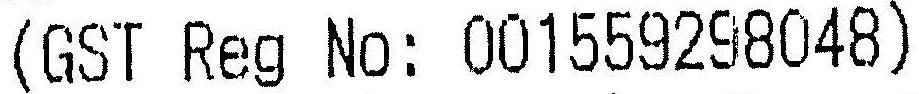
(GST REG NO: 001559298048)